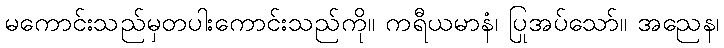
မကောင်းသည်မှတပါးကောင်းသည်ကို။ ကရီယမာနံ၊ ပြုအပ်သော်။ အညေန၊